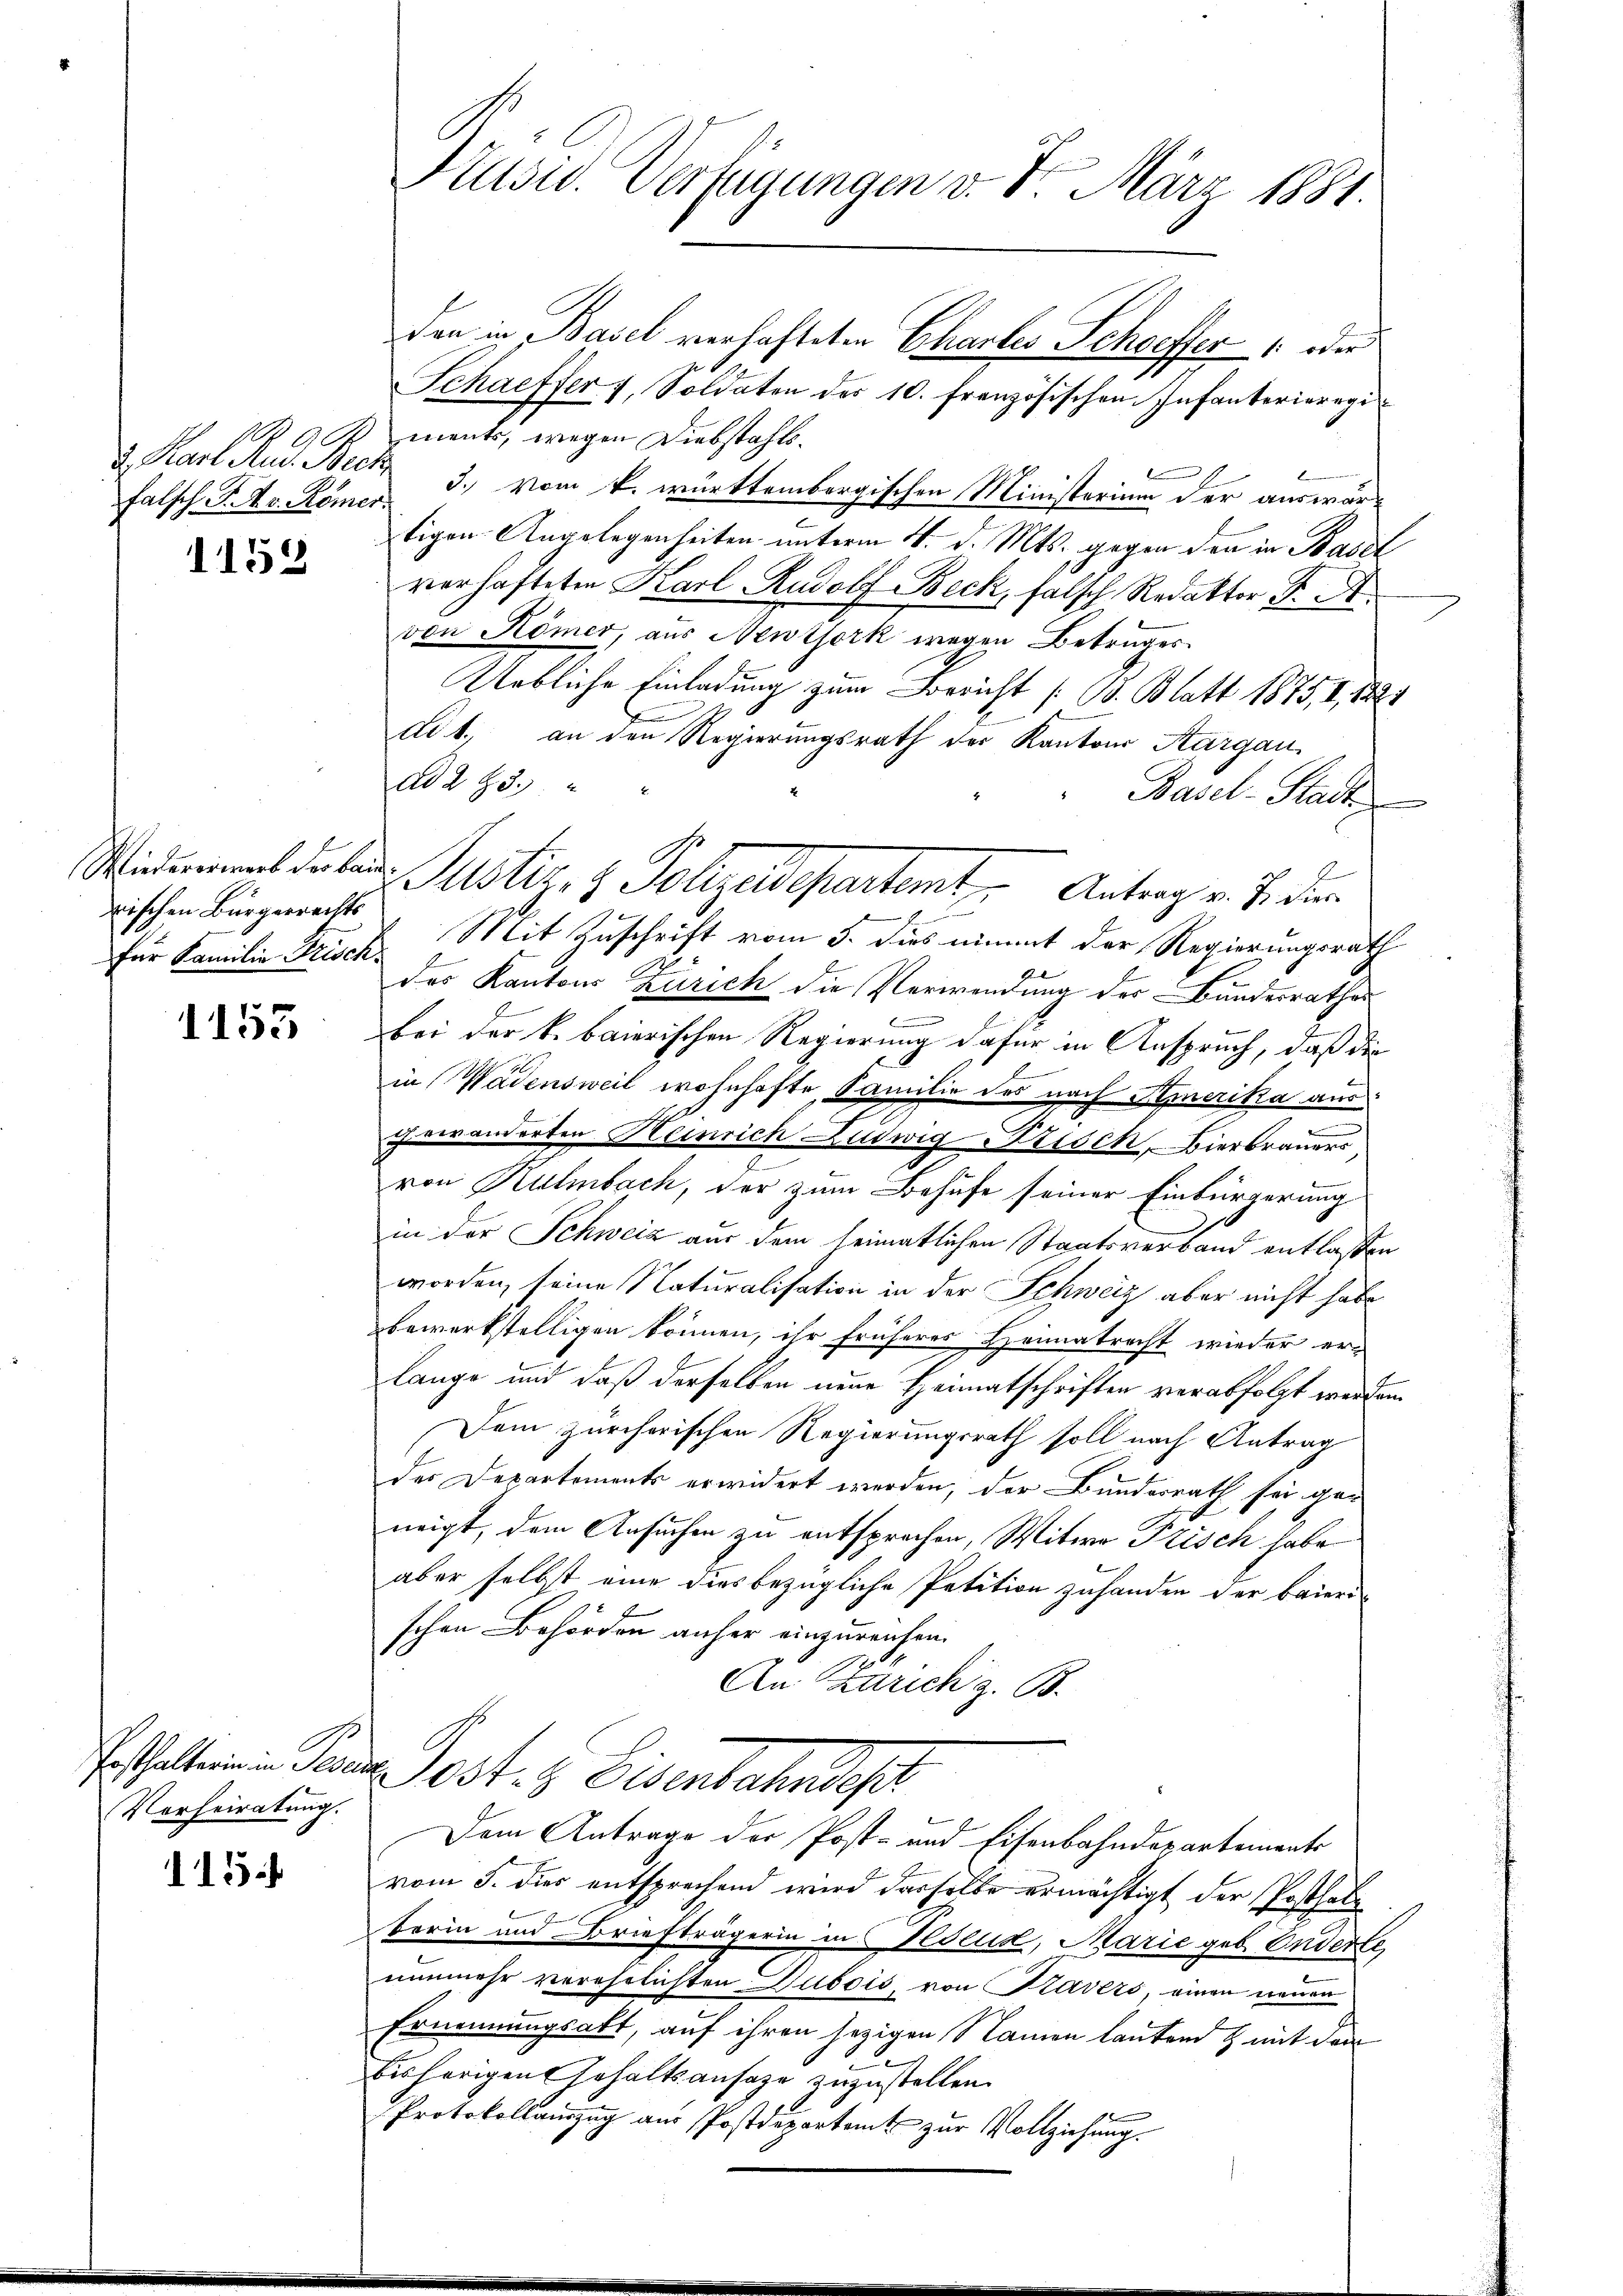
d. Karl Rud. Rech

1158

wischen Bürgerrechts
für Familie Frisch.

1153

Posthalterin in Paren
Vorheiratung.

15

Prusio. Verfügungen v. 8. März 1881.

den in Basel verhafteten Chartes Schoeffer   oder
Schaffer 4, Soldaten der 10. Französischen Infanterieregi
ments, wegen Diebstahls¬
Falsch F. Xr. Römer 3. Vom k. württembergischen Ministerium der auswärtigen Angelegenheiten unterm 4. d. Mts. gegen den in Basel
verhafteten Karl Rudolf Beck, falsch Redaktor F. A
e
von Römer, aus Newtjork wegen Betruges
Uebliche Einladung zum Bericht (B. Blatt 1875, 4, 1824
ad 1. an den Regierungsrath der Kantons Aargau,
Ad 283. " "
Basel-Stadt

Mit Zuschrift vom 5. dies nimmt der Regierungsrath
des Kantons Zürich die Verwendung der Bundesrathes
.
bei der k. baierischen Regierung dafür in Anspruch, daß die
.
in Wädensweil wohnhafte Familie des nach Amerika aus
gewanderten Heinrich Ludwig Frisch, Bierbrauer
von Kulmbach, der zum Behufe seiner Einbürgerung
in der Schweiz aus dem heimatlichen Staatsverband entlaßen
worden, seine Naturalisation in der Schweiz aber nicht habe
bewerkstelligen können, ihr früheres Heimatrecht wieder er-
lange und daß derselben neue Heimatschriften verabfolgt werden.
Dem zürcherischen Regierungsrath soll nach Antrag
der Departements erwidert werden, der Bundesrath sei geneigt, dem Ansuchen zu entsprechen, Witwe Frisch habe
aber selbst eine dies bezügliche Petition zuhanden der baieri-
schen Behörden anher einzureichen.
An Zürich z. B.
Post. Eisentatutes
Dem Antrage der Post- und Eisenbahndepartements
vom 5. dies entsprechend wird dasselbe ermächtigt der Posthalberin und Briefträgerin in Hollis, Marie geb. Enderte,
nunmehr verehelichten Dubois, von Kavers, einen neuen
Ernennungsakt, auf ihren jezigen Namen lautend & mit den
bisherigen Gehaltsansage zuzustellen.
Protokollaŭszŭg aŭs Postdepartamt zŭr Vollziehung.

Wiedermanns de la Justiz- & Polizeidepartemt Antrag v. J. die